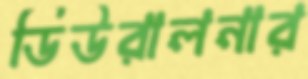
ডিউরালনার